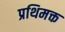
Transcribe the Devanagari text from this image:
प्रथिमक्त